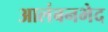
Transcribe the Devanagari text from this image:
आलंबनभेद